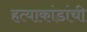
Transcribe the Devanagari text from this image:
हत्याकांडांची